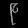
Digit: ၉